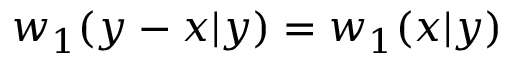
w _ { 1 } ( y - x | y ) = w _ { 1 } ( x | y )